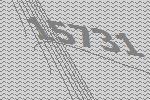
15731